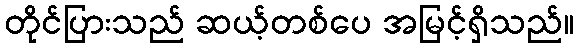
တိုင်ပြားသည် ဆယ့်တစ်ပေ အမြင့်ရှိသည်။